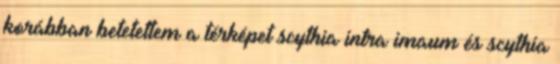
korábban betetettem a térképet scythia intra imaum és scythia